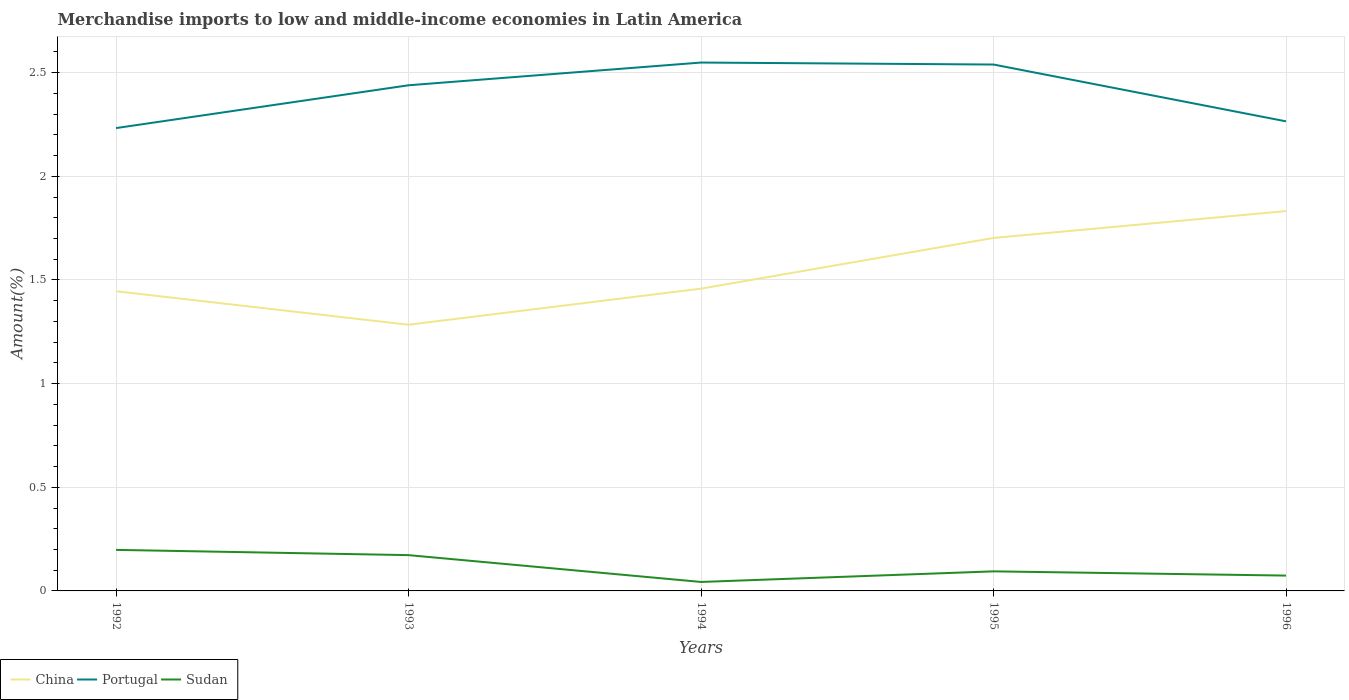
| Years | China | Portugal | Sudan |
 | --- | --- | --- | --- |
 | 1992 | 1.45 | 2.23 | 0.198 |
 | 1993 | 1.28 | 2.44 | 0.173 |
 | 1994 | 1.46 | 2.55 | 0.0433 |
 | 1995 | 1.7 | 2.54 | 0.0944 |
 | 1996 | 1.83 | 2.27 | 0.074 |